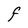
Character: F